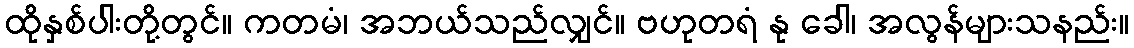
ထိုနှစ်ပါးတို့တွင်။ ကတမံ၊ အဘယ်သည်လျှင်။ ဗဟုတရံ နု ခေါ၊ အလွန်များသနည်း။